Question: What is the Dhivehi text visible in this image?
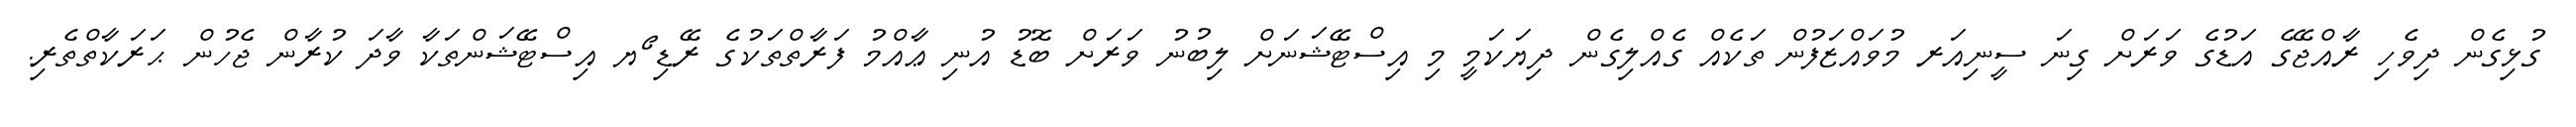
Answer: ގުޅިގެން ދިވެހި ރާއްޖޭގެ އަޑުގެ ވަރަށް ގިނަ ސީނިއަރ މުވައްޒަފުން ތަކެއް ގެއްލިގެން ދިޔަކަމީ މި އިސްޓޭޝަނަށް ލިބުނު ވަރަށް ބޮޑު އުނި ޢާއްމު ފަރާތްތަކުގެ ރޭޑި ޯޔ އިސްޓޭޝަންތަކާ ވާދަ ކުރާން ޖެހުން ޙަރަކާތްތެރި.